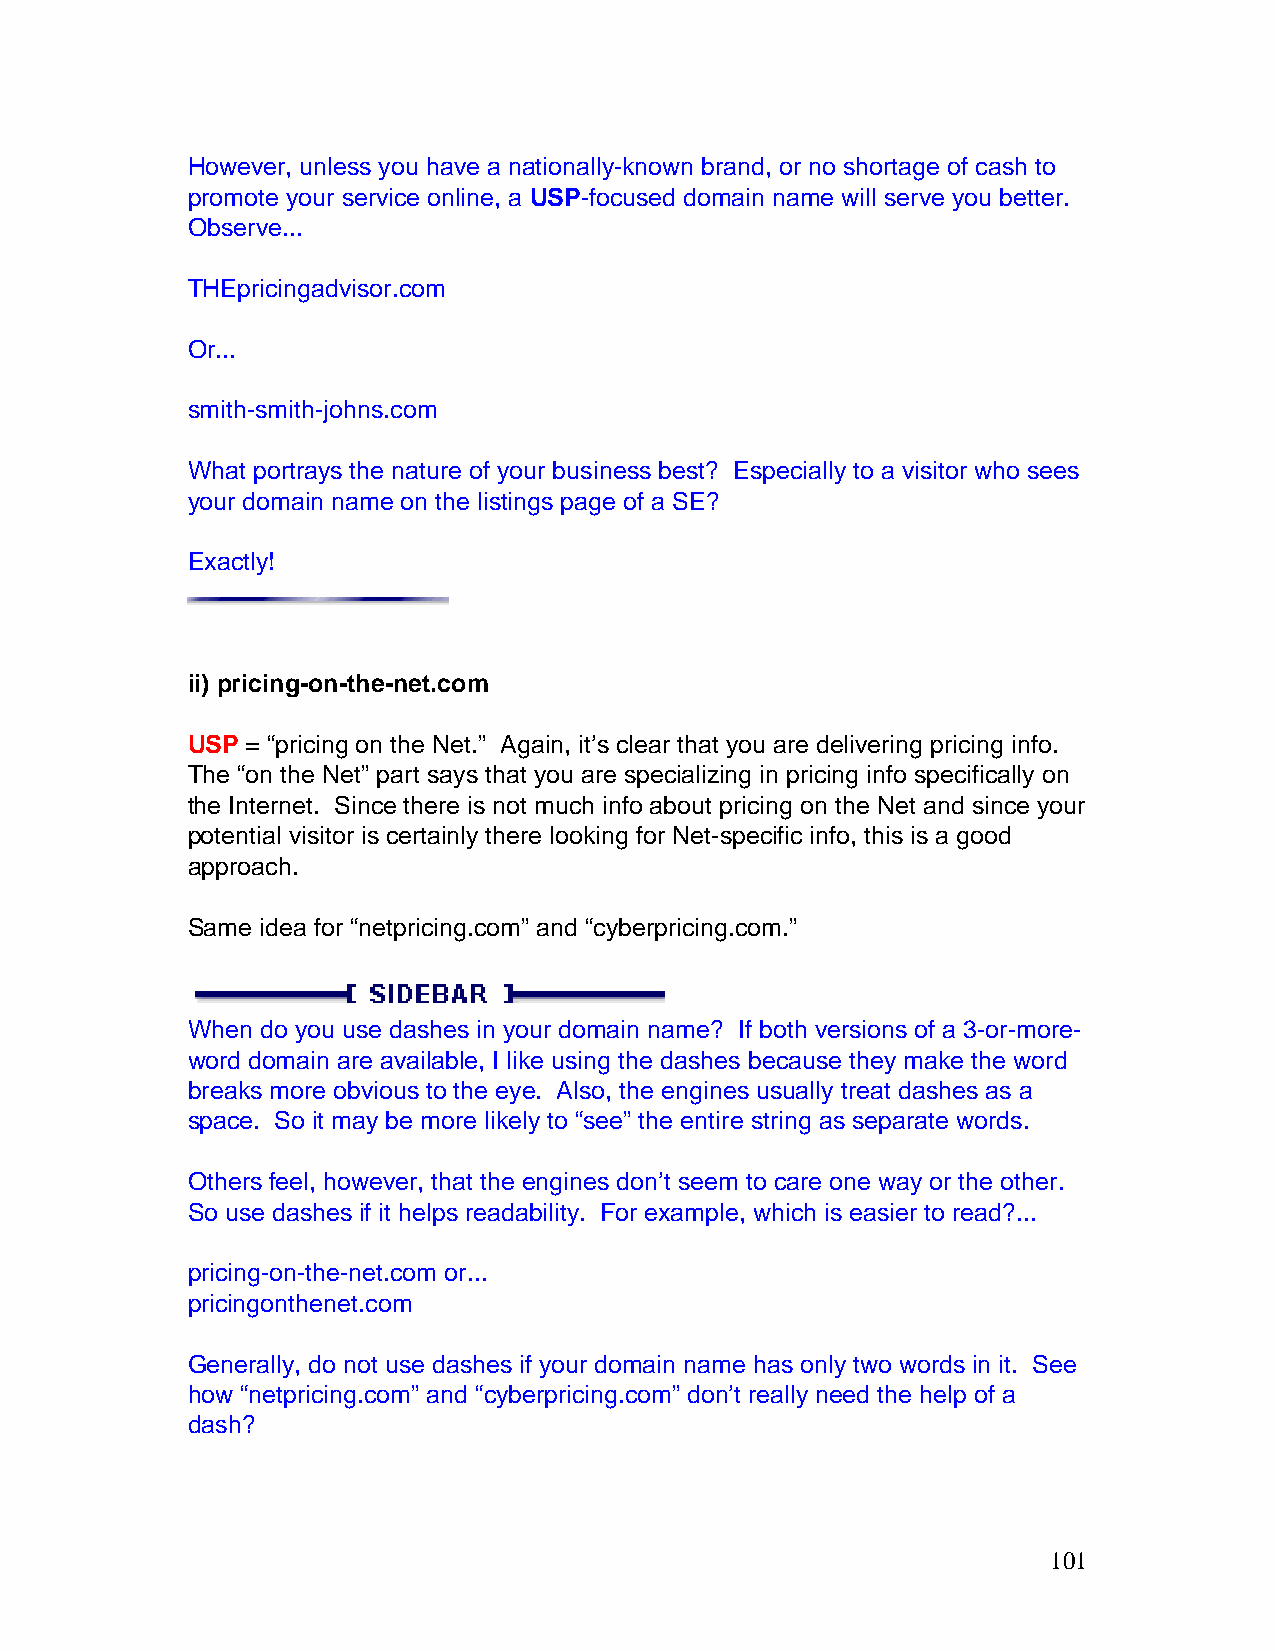
However, unless you have a nationally-known brand, or no shortage of cash to
 promote your service online, a USP-focused domain name will serve you better.
 Observe...
 THEpricingadvisor.com
 Or...
 smith-smith-johns.com
 What portrays the nature of your business best? Especially to a visitor who sees
 your domain name on the listings page of a SE?
 Exactly!
 ii) pricing-on-the-net.com
 USP = “pricing on the Net.” Again, it’s clear that you are delivering pricing info.
 The “on the Net” part says that you are specializing in pricing info specifically on
 the Internet. Since there is not much info about pricing on the Net and since your
 potential visitor is certainly there looking for Net-specific info, this is a good
 approach.
 Same idea for “netpricing.com” and “cyberpricing.com.”
 When do you use dashes in your domain name? If both versions of a 3-or-more-
 word domain are available, I like using the dashes because they make the word
 breaks more obvious to the eye. Also, the engines usually treat dashes as a
 space. So it may be more likely to “see” the entire string as separate words.
 Others feel, however, that the engines don’t seem to care one way or the other.
 So use dashes if it helps readability. For example, which is easier to read?...
 pricing-on-the-net.com or...
 pricingonthenet.com
 Generally, do not use dashes if your domain name has only two words in it. See
 how “netpricing.com” and “cyberpricing.com” don’t really need the help of a
 dash?
 101